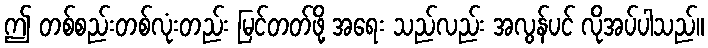
ဤ တစ်စည်းတစ်လုံးတည်း မြင်တတ်ဖို့ အရေး သည်လည်း အလွန်ပင် လိုအပ်ပါသည်။